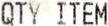
QTY ITEM